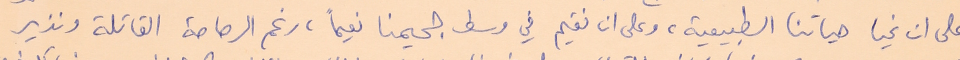
على ان نحيا حياتنا الطبيعية، وعلى ان نقيم في وسط جحيمنا نعيماً، رغم الرصاصة القاتلة ونذير